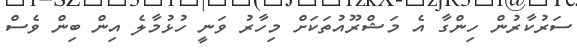
ސަރުކާރުން ހިންގާ އެ މަޝްރޫއުތަކަށް މިހާރު ވަނީ ހުޅުމާލެ އިން ބިން ވެސް